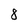
Character: 8